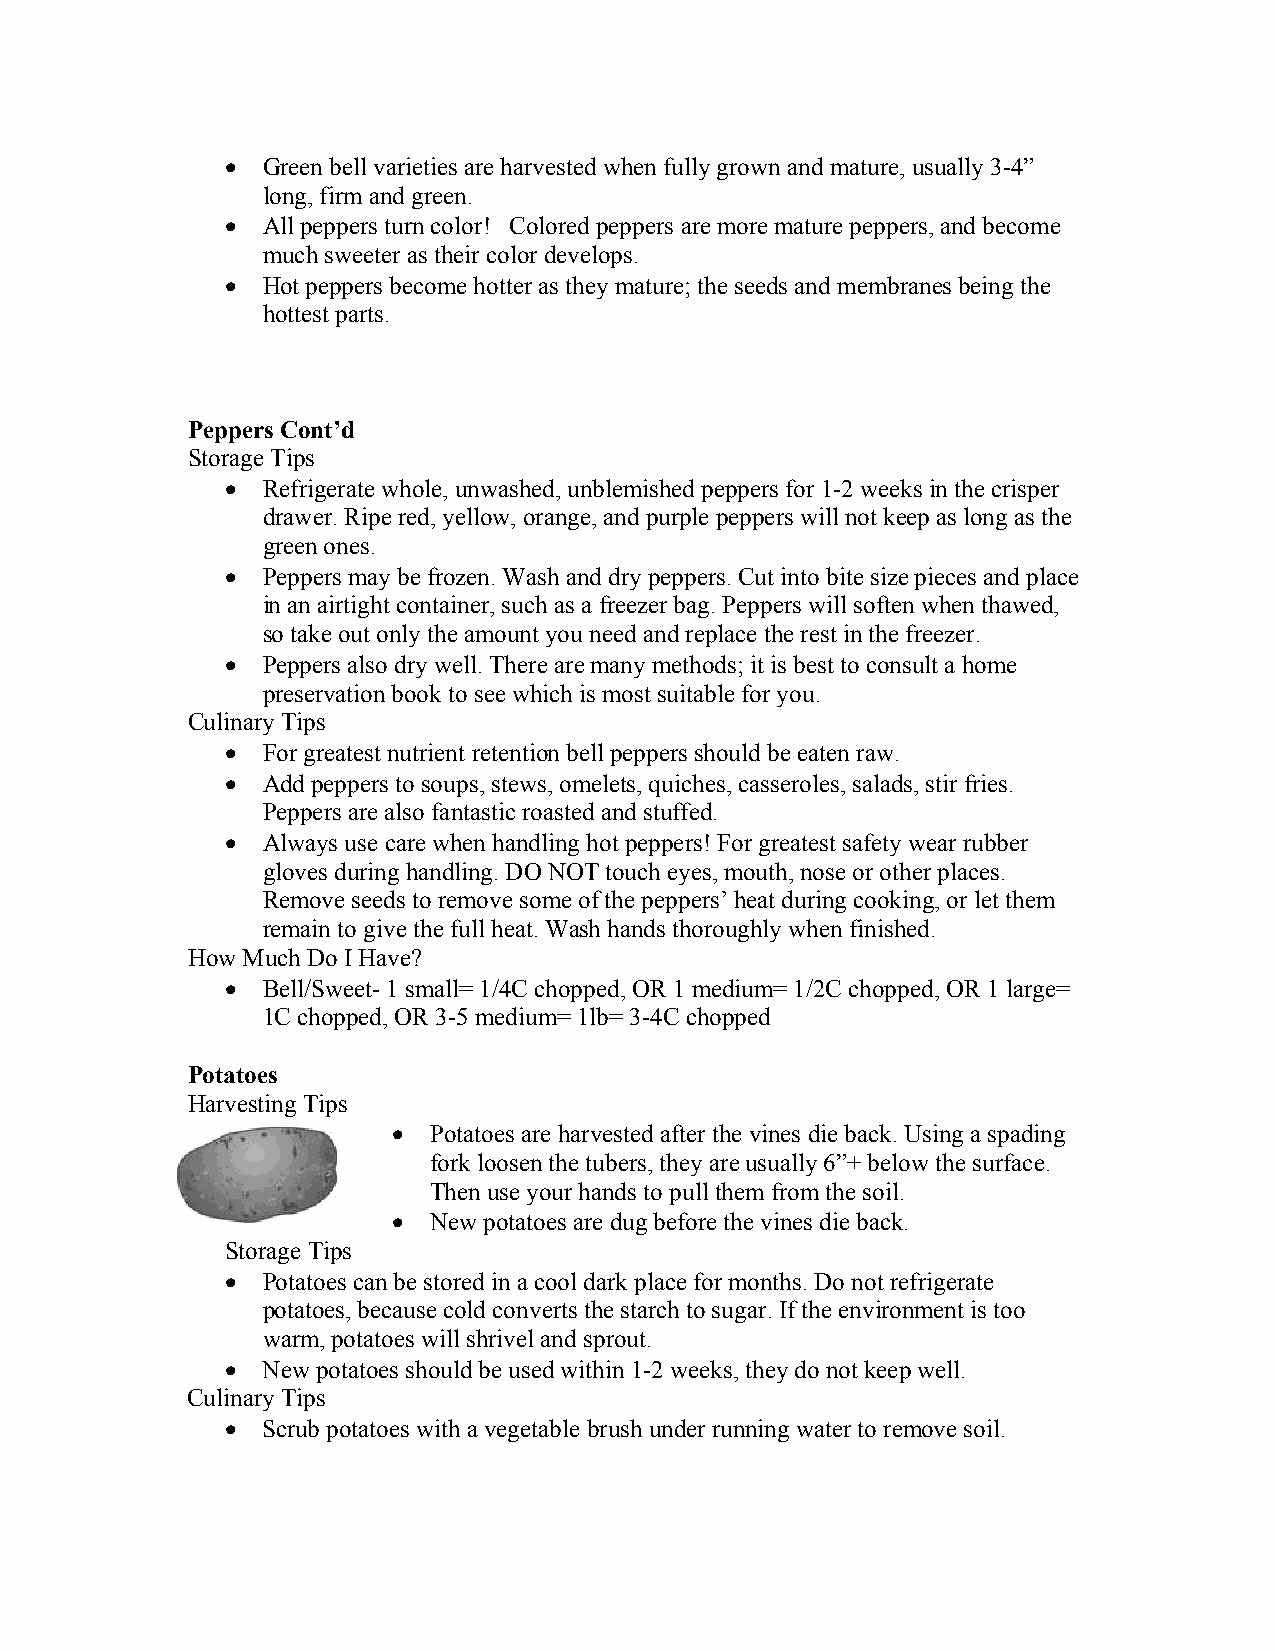
 Green bell varieties are harvested when fully grown and mature, usually 3-4”
 long, firm and green.
  All peppers turn color! Colored peppers are more mature peppers, and become
 much sweeter as their color develops.
  Hot peppers become hotter as they mature; the seeds and membranes being the
 hottest parts.
 Peppers Cont’d
 Storage Tips
  Refrigerate whole, unwashed, unblemished peppers for 1-2 weeks in the crisper
 drawer. Ripe red, yellow, orange, and purple peppers will not keep as long as the
 green ones.
  Peppers may be frozen. Wash and dry peppers. Cut into bite size pieces and place
 in an airtight container, such as a freezer bag. Peppers will soften when thawed,
 so take out only the amount you need and replace the rest in the freezer.
  Peppers also dry well. There are many methods; it is best to consult a home
 preservation book to see which is most suitable for you.
 Culinary Tips
  For greatest nutrient retention bell peppers should be eaten raw.
  Add peppers to soups, stews, omelets, quiches, casseroles, salads, stir fries.
 Peppers are also fantastic roasted and stuffed.
  Always use care when handling hot peppers! For greatest safety wear rubber
 gloves during handling. DO NOT touch eyes, mouth, nose or other places.
 Remove seeds to remove some of the peppers’ heat during cooking, or let them
 remain to give the full heat. Wash hands thoroughly when finished.
 How Much Do I Have?
  Bell/Sweet- 1 small= 1/4C chopped, OR 1 medium= 1/2C chopped, OR 1 large=
 1C chopped, OR 3-5 medium= 1lb= 3-4C chopped
 Potatoes
 Harvesting Tips
  Potatoes are harvested after the vines die back. Using a spading
 fork loosen the tubers, they are usually 6”+ below the surface.
 Then use your hands to pull them from the soil.
  New potatoes are dug before the vines die back.
 Storage Tips
  Potatoes can be stored in a cool dark place for months. Do not refrigerate
 potatoes, because cold converts the starch to sugar. If the environment is too
 warm, potatoes will shrivel and sprout.
  New potatoes should be used within 1-2 weeks, they do not keep well.
 Culinary Tips
  Scrub potatoes with a vegetable brush under running water to remove soil.